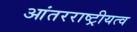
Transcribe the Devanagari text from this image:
आंतरराष्ट्रीयत्व